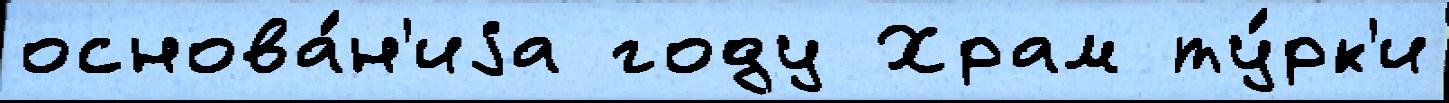
основа́н'иjа году Храм ту́рк'и